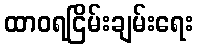
ထာဝရငြိမ်းချမ်းရေး